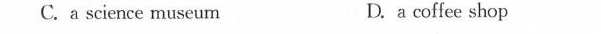
C. a science museum D. a coffee shop